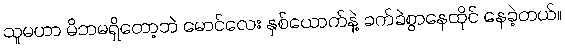
သူမဟာ မိဘမရှိတော့ဘဲ မောင်လေး နှစ်ယောက်နဲ့ ခက်ခဲစွာနေထိုင် နေခဲ့တယ်။